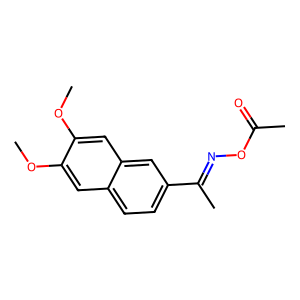
SMILES: COc1cc2ccc(C(C)=NOC(C)=O)cc2cc1OC
Inhibits HIV replication: No